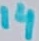
Text: 14